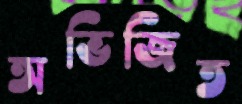
অভিজিত